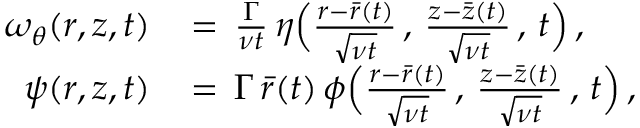
\begin{array} { r l } { \omega _ { \theta } ( r , z , t ) \, } & { = \, \frac { \Gamma } { \nu t } \, \eta \Bigl ( \frac { r - \bar { r } ( t ) } { \sqrt { \nu t } } \, , \, \frac { z - \bar { z } ( t ) } { \sqrt { \nu t } } \, , \, t \Bigr ) \, , } \\ { \psi ( r , z , t ) \, } & { = \, \Gamma \, \bar { r } ( t ) \, \phi \Bigl ( \frac { r - \bar { r } ( t ) } { \sqrt { \nu t } } \, , \, \frac { z - \bar { z } ( t ) } { \sqrt { \nu t } } \, , \, t \Bigr ) \, , } \end{array}